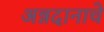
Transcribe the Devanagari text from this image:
अन्नदानाचे